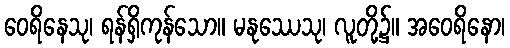
ဝေရိနေသု၊ ရန်ရှိကုန်သော။ မနုဿေသု၊ လူတို့၌။ အဝေရိနော၊